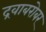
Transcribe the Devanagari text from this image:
द्रवाबरोबर